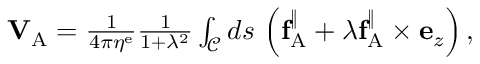
\begin{array} { r } { \mathbf { V } _ { \mathrm { A } } = \frac { 1 } { 4 \pi \eta ^ { \mathrm { e } } } \frac { 1 } { 1 + \lambda ^ { 2 } } \int _ { \mathcal { C } } d s \, \left( \mathbf { f } _ { \mathrm { A } } ^ { \| } + \lambda \mathbf { f } _ { \mathrm { A } } ^ { \| } \times \mathbf { e } _ { z } \right) , } \end{array}